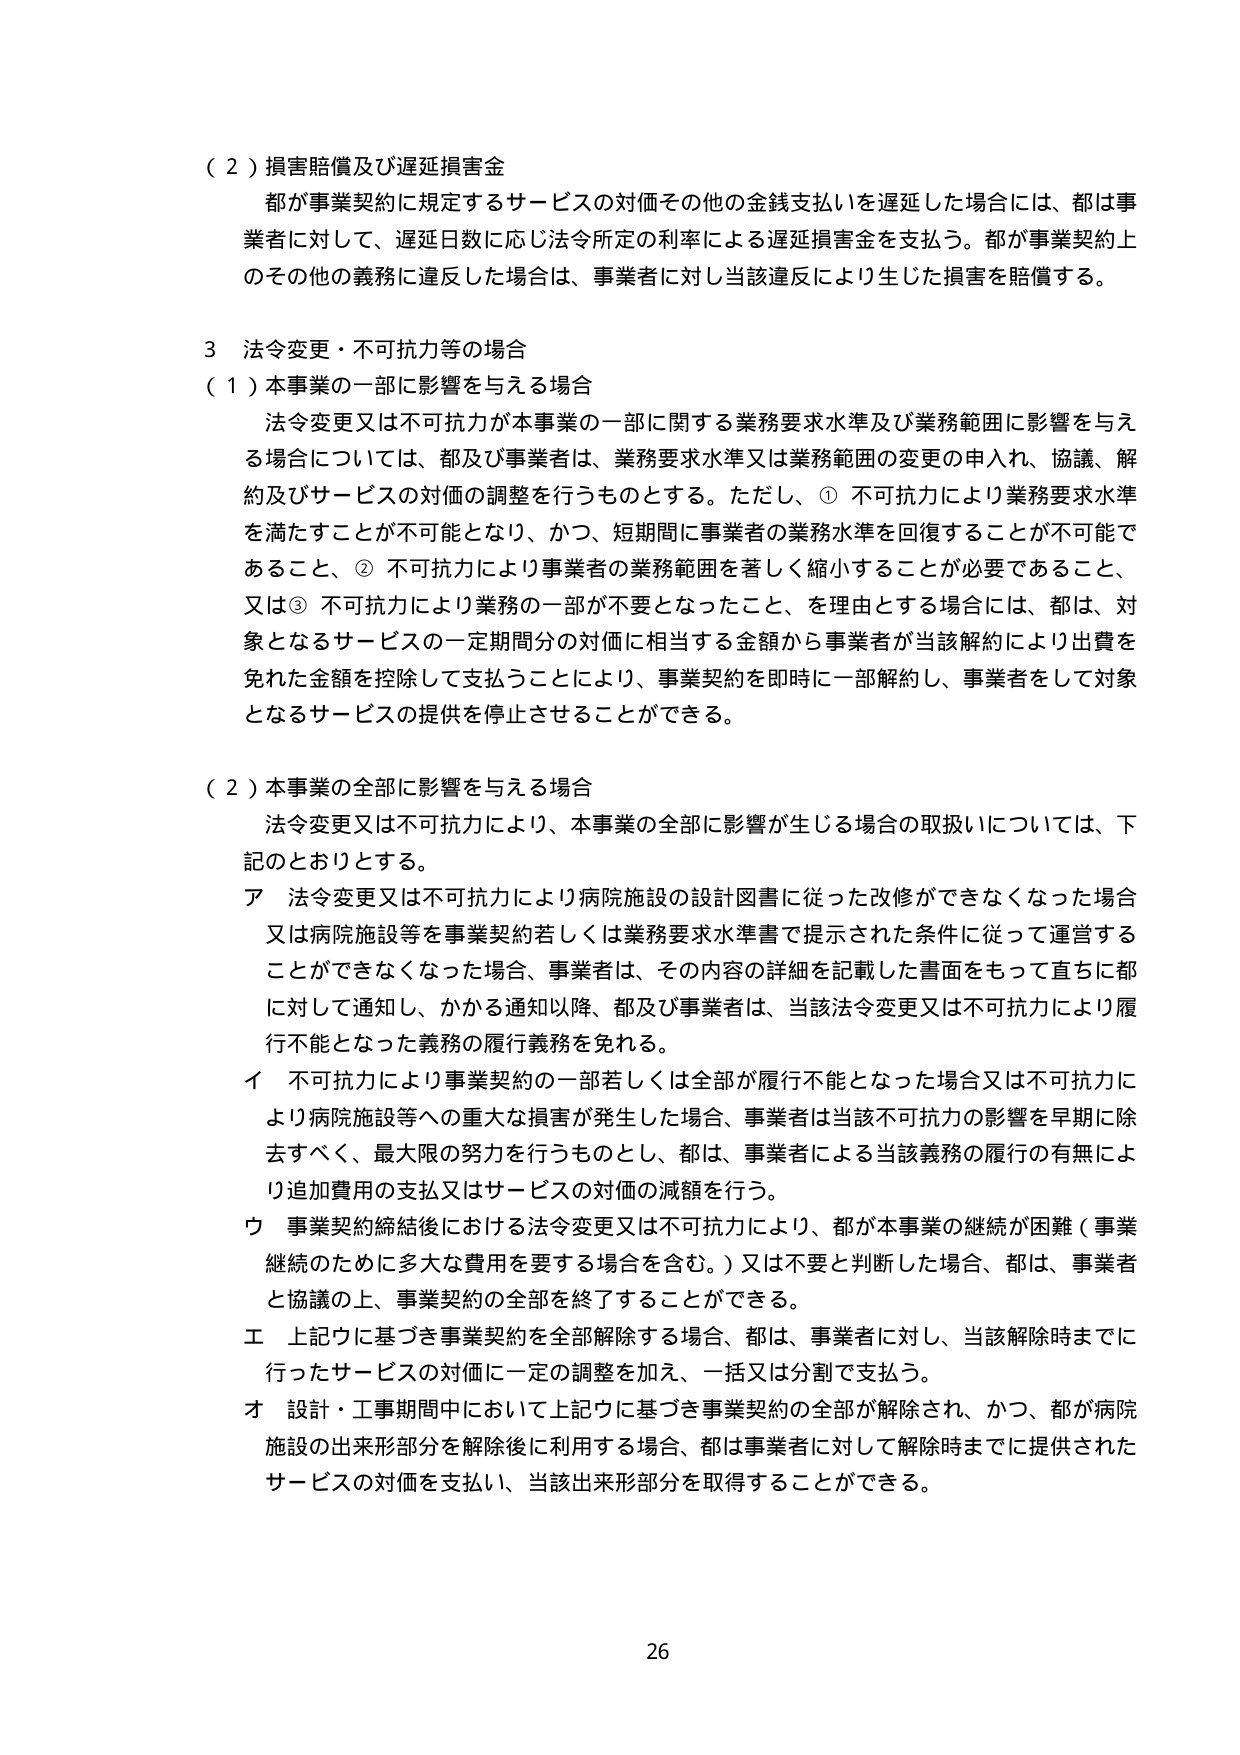
（２）損害賠償及び遅延損害金
都が事業契約に規定するサービスの対価その他の金銭支払いを遅延した場合には、都は事業者に対して、遅延日数に応じ法令所定の利率による遅延損害金を支払う。都が事業契約上のその他の義務に違反した場合は、事業者に対し当該違反により生じた損害を賠償する。

３ 法令変更・不可抗力等の場合
（１）本事業の一部に影響を与える場合
法令変更又は不可抗力が本事業の一部に関する業務要求水準及び業務範囲に影響を与える場合については、都及び事業者は、業務要求水準又は業務範囲の変更の申入れ、協議、解約及びサービスの対価の調整を行うものとする。ただし、① 不可抗力により業務要求水準を満たすことが不可能となり、かつ、短期間に事業者の業務水準を回復することが不可能であること、② 不可抗力により事業者の業務範囲を著しく縮小することが必要であること、又は③ 不可抗力により業務の一部が不要となったこと、を理由とする場合には、都は、対象となるサービスの一定期間分の対価に相当する金額から事業者が当該解約により出費を免れた金額を控除して支払うことにより、事業契約を即時に一部解約し、事業者をして対象となるサービスの提供を停止させることができる。

（２）本事業の全部に影響を与える場合
法令変更又は不可抗力により、本事業の全部に影響が生じる場合の取扱いについては、下記のとおりとする。
ア 法令変更又は不可抗力により病院施設の設計図書に従った改修ができなくなった場合又は病院施設等を事業契約若しくは業務要求水準書で提示された条件に従って運営することができなくなった場合、事業者は、その内容の詳細を記載した書面をもって直ちに都に対して通知し、かかる通知以降、都及び事業者は、当該法令変更又は不可抗力により履行不能となった義務の履行義務を免れる。
イ 不可抗力により事業契約の一部若しくは全部が履行不能となった場合又は不可抗力により病院施設等への重大な損害が発生した場合、事業者は当該不可抗力の影響を早期に除去すべく、最大限の努力を行うものとし、都は、事業者による当該義務の履行の有無により追加費用の支払又はサービスの対価の減額を行う。
ウ 事業契約締結後における法令変更又は不可抗力により、都が本事業の継続が困難（事業継続のために多大な費用を要する場合を含む。）又は不要と判断した場合、都は、事業者と協議の上、事業契約の全部を終了することができる。
エ 上記ウに基づき事業契約を全部解除する場合、都は、事業者に対し、当該解除時までに行ったサービスの対価に一定の調整を加え、一括又は分割で支払う。
オ 設計・工事期間中において上記ウに基づき事業契約の全部が解除され、かつ、都が病院施設の出来形部分を解除後に利用する場合、都は事業者に対して解除時までに提供されたサービスの対価を支払い、当該出来形部分を取得することができる。

26